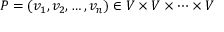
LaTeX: P = ( v _ { 1 } , v _ { 2 } , \ldots , v _ { n } ) \in V \times V \times \cdots \times V